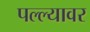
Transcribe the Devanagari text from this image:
पल्ल्यावर